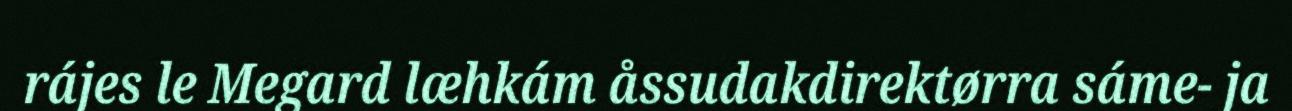
rájes le Megard læhkám åssudakdirektørra sáme- ja